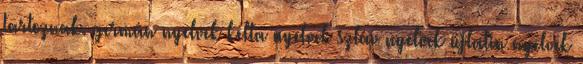
tartoznak. germán nyelvek kelta nyelvek szláv nyelvek újlatin nyelvek